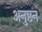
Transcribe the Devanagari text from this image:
अनुष्ठन